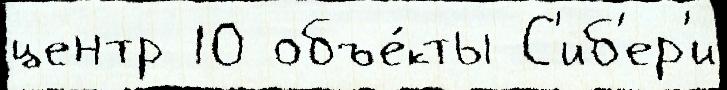
центр 10 объе́кты С'иб'ер'и